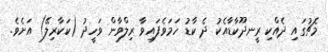
މެޗުގައި ދެއްކި ރީނދޫކާޑާއެކު ދެ ކާޑު ހަމަވެފައިވާ ރިލްވާން ވަހީދު (ކަކާރިލޭ) އަށެވެ.